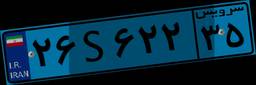
۲۶S۶۲۲۳۵